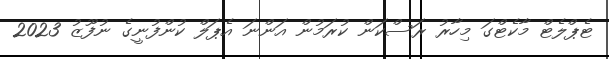
ޓެޕްލެޓް މާކެޓްގަ މިހާރު ރަސްކަން ކުރަމުން އަންނަ އެޕަލް ކުންފުނީގެ ނުފޫޒު 2023